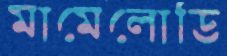
মামেলোডি